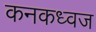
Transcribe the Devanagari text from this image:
कनकध्वज